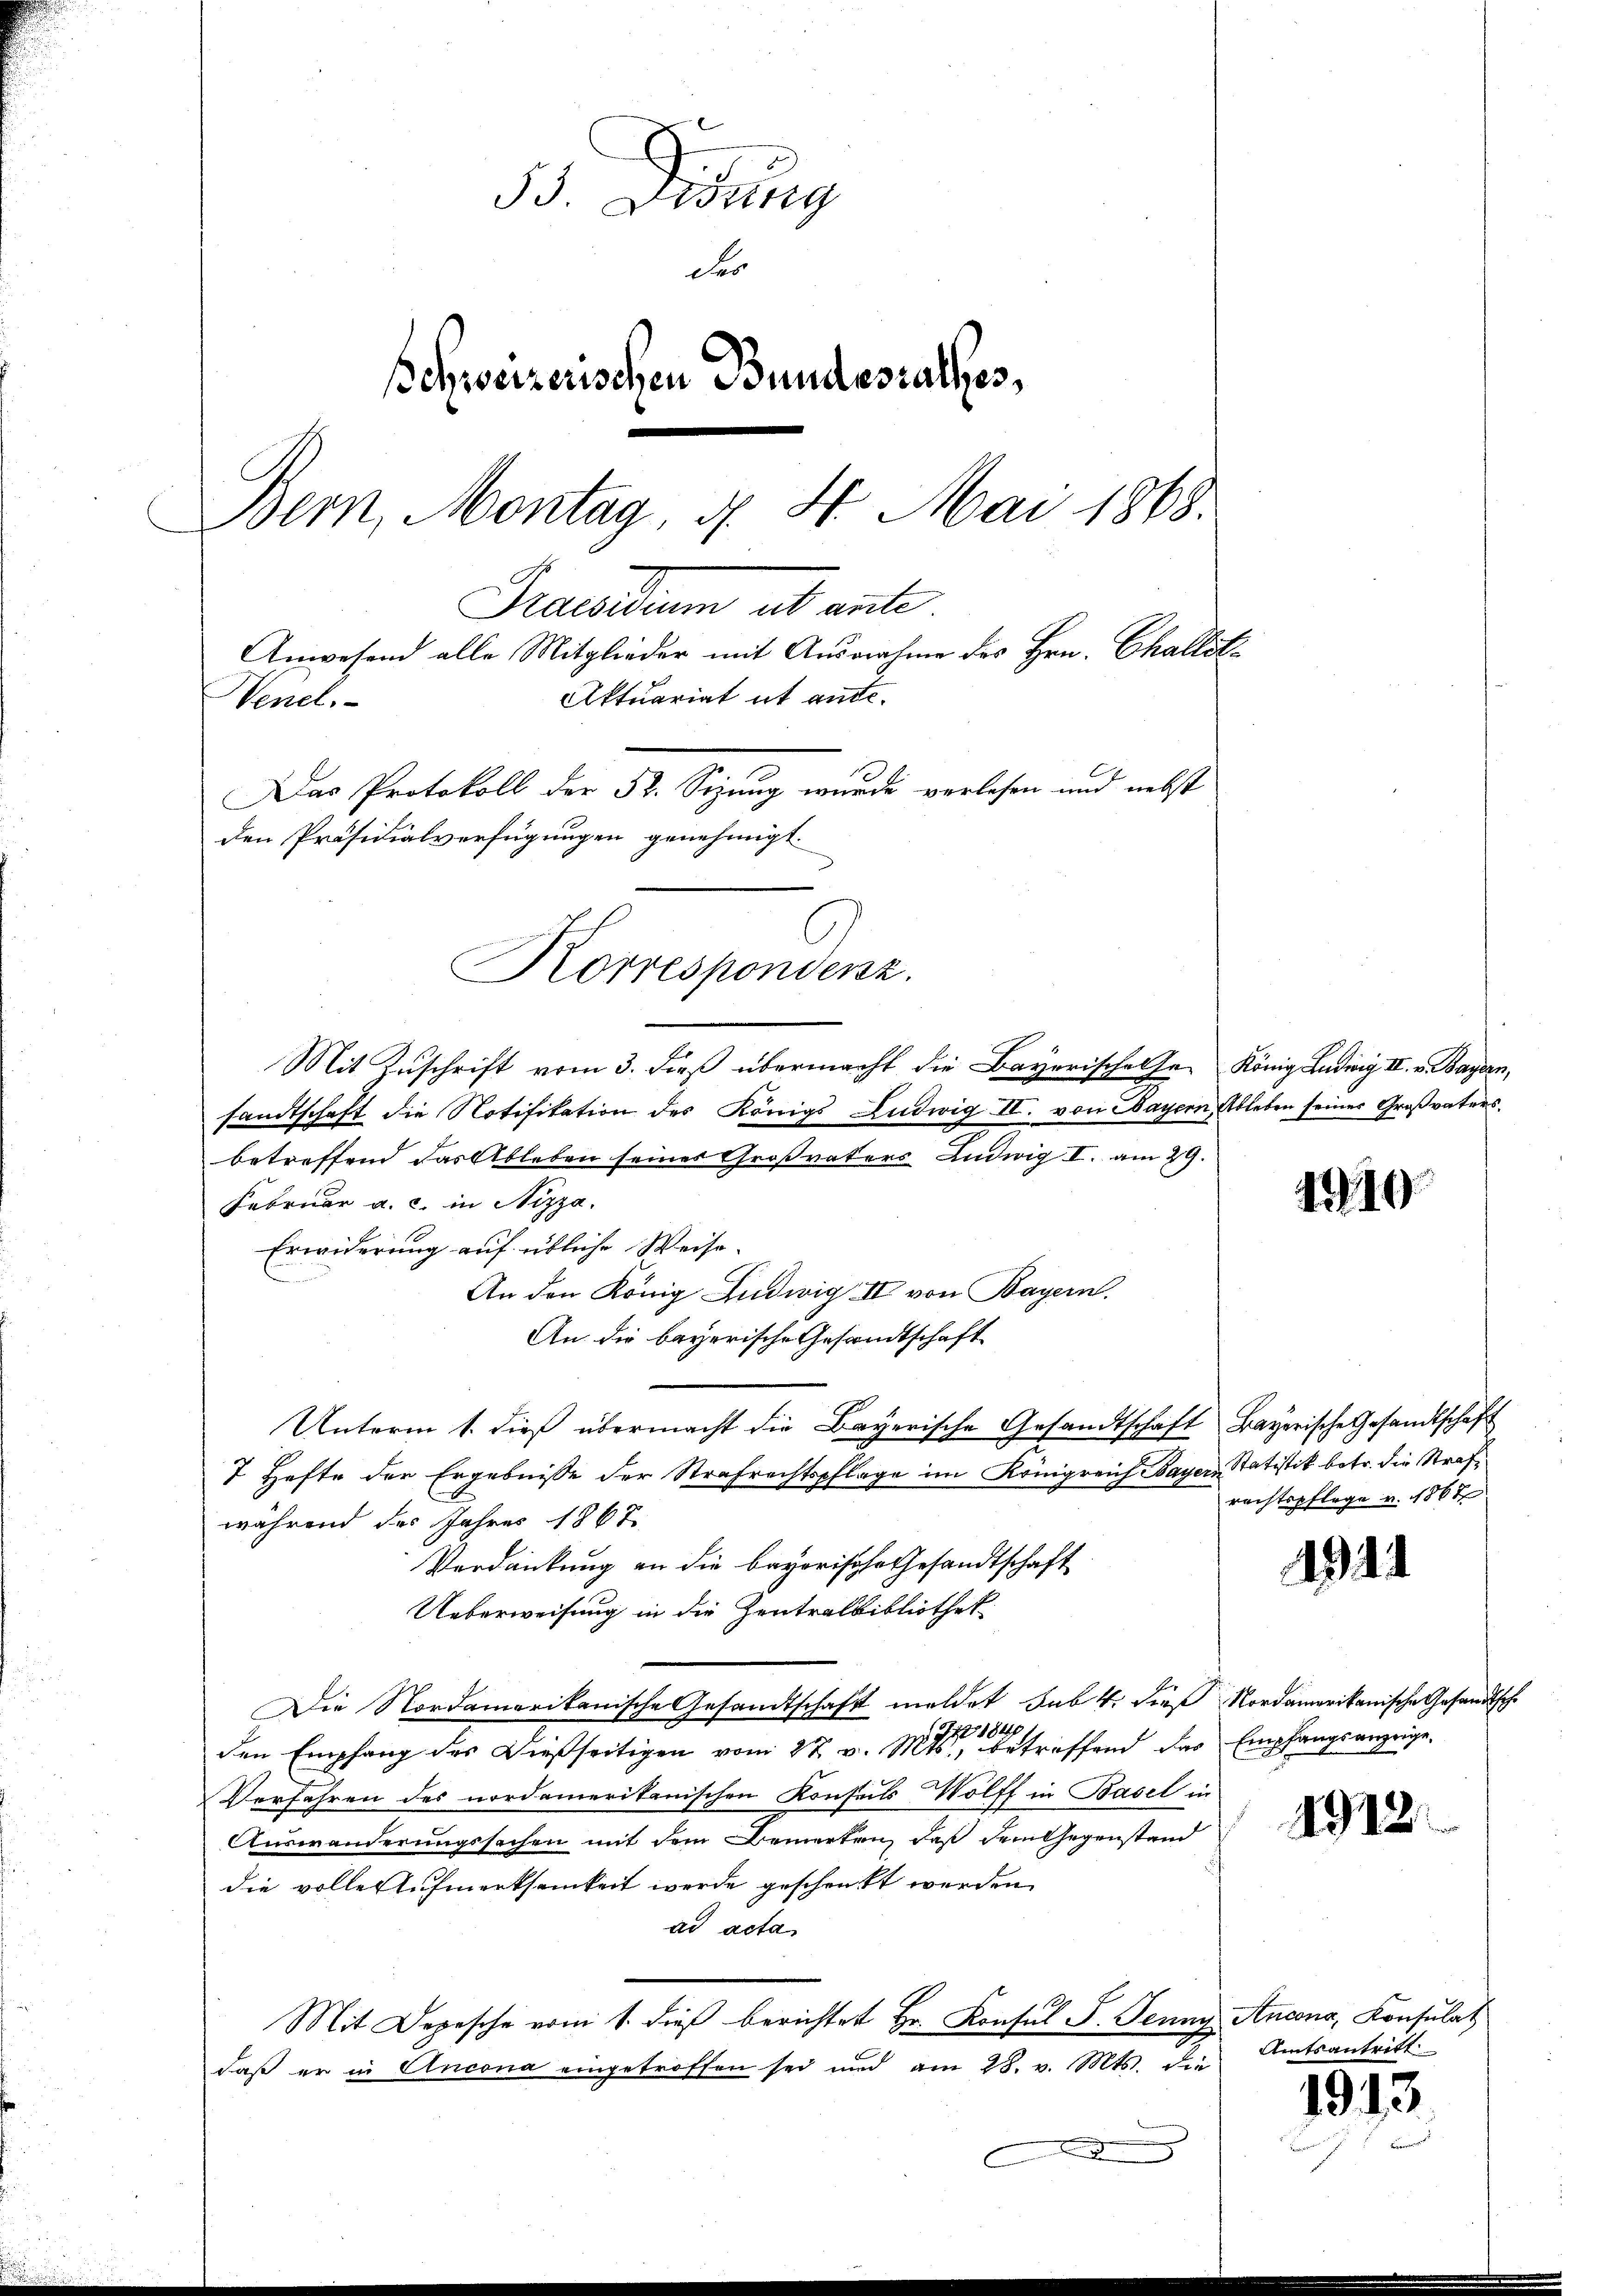
Didung
Fer
schweizerischen Bundesrathes,
Bern, Montag, d. 4. Mai 1868.
Praesum ab ant
Anwesend alle Mitglieder mit Ausnahme des Hrn. Challit¬
Aktuariat it ande.
Venel
Das Protokoll der 52. Sizung wurde verlesen und nebst
den Präsidialverfügungen genehmigt.
Korrespondenz.

Mit Zuschrift vom 3. dieß übermacht die Bayerischen Fr. König Ludwig II. v. Bayern,
sandtschaft die Notifikation des Königs Ludwig II. von Mayern Ableben seiner Großvaters
betreffend das Ableben seines Großvaters Ludwig I. am 29.
Februar a. c. in Nizza.
Erwiderung auf übliche Weise-
An den König Ludwig IV von Bayern.
An die bayerische Gesandtschaft
Unterm 1. dieß übermacht die Bayerische Gesandtschaft Bayerische Gesandtschaft
7 Hefte der Ergebnisse der Strafrechtspflage im Königreich Bayern, Statistik betr. die Strafwährend des Jahres 1867
Verdankung an die Bayerische Gesandtschaft
Ueberweisung in die Zentralbibliothek
Die Nordamerikanische Gesandtschaft meldet sub 4. dieß Nordamerikanische Gesandtsche
den Empfang des Dießseitigen vom 27. v. Mts. betreffend das Empfangsanzeige,
Verfahren des nordamerikanischen Konseils Wolff in Basel in
Auswanderungssachen mit dem Bemerken, daß dem Gegenstand
die volle Aufmerksamkeit werde geschenkt werden
ad acta
Mit Depesche vom 1. dieβ berichtet Hr. Konsul S. Jenny, Ancons, Konsulat
daß er in Ancona eingetroffen sei und am 28. v. Mts. die

1919.

rechtspflege v. 1864

1944

1912.

Amtsantritt

1913.